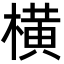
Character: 横